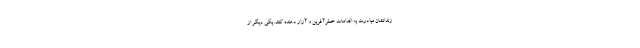
زندانشان مبادرت به اقدامات خطرآفرین و آزار دهنده کنند. یکی دیگر از